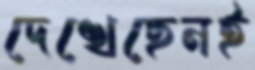
দেখেছেনই